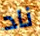
ناد